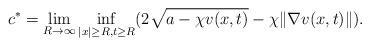
LaTeX: \begin{align*}c^{\ast}=\lim_{R\rightarrow\infty}\inf_{|x|\geq R, t\geq R}(2\sqrt{a-\chi v(x,t)}-\chi\|\nabla v(x,t)\|).\end{align*}